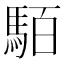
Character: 𩢷